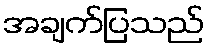
အချက်ပြသည်